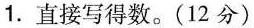
1.直接写得数。(12分)